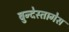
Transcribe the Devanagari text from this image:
बुन्देस्तागेस